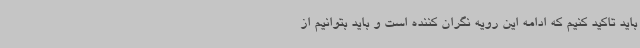
باید تاکید کنیم که ادامه این رویه نگران کننده است و باید بتوانیم از